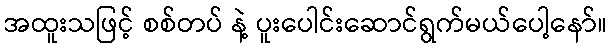
အထူးသဖြင့် စစ်တပ် နဲ့ ပူးပေါင်းဆောင်ရွက်မယ်ပေါ့နော်။